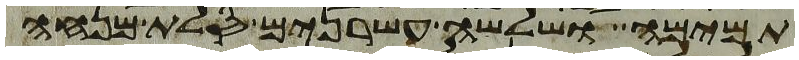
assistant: תמימה ושלשה עשרנים סלת מנחה